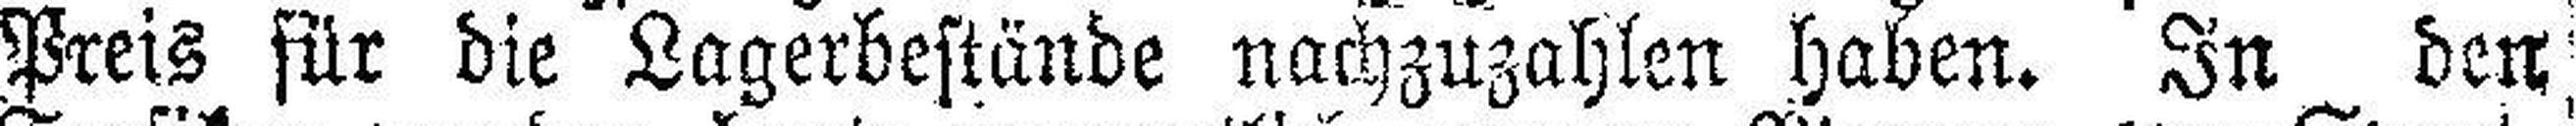
Preis für die Lagerbestände nachzuzahlen haben. In den